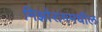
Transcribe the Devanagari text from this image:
मिझोराममधील